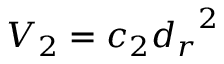
V _ { 2 } = { c _ { 2 } } { d _ { r } } ^ { 2 }